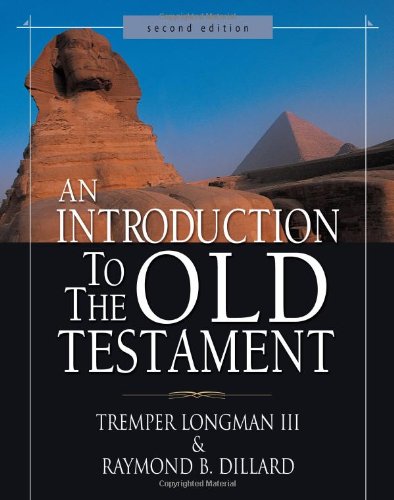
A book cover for An Introduction to the Old Testament: Second Edition; Tremper Longman III; Christian Books & Bibles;